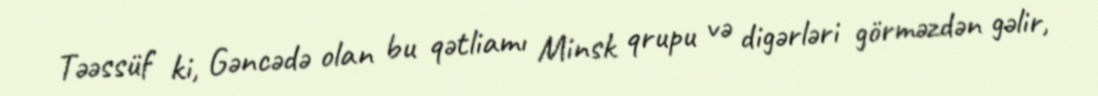
Təəssüf ki, Gəncədə olan bu qətliamı Minsk qrupu və digərləri görməzdən gəlir,